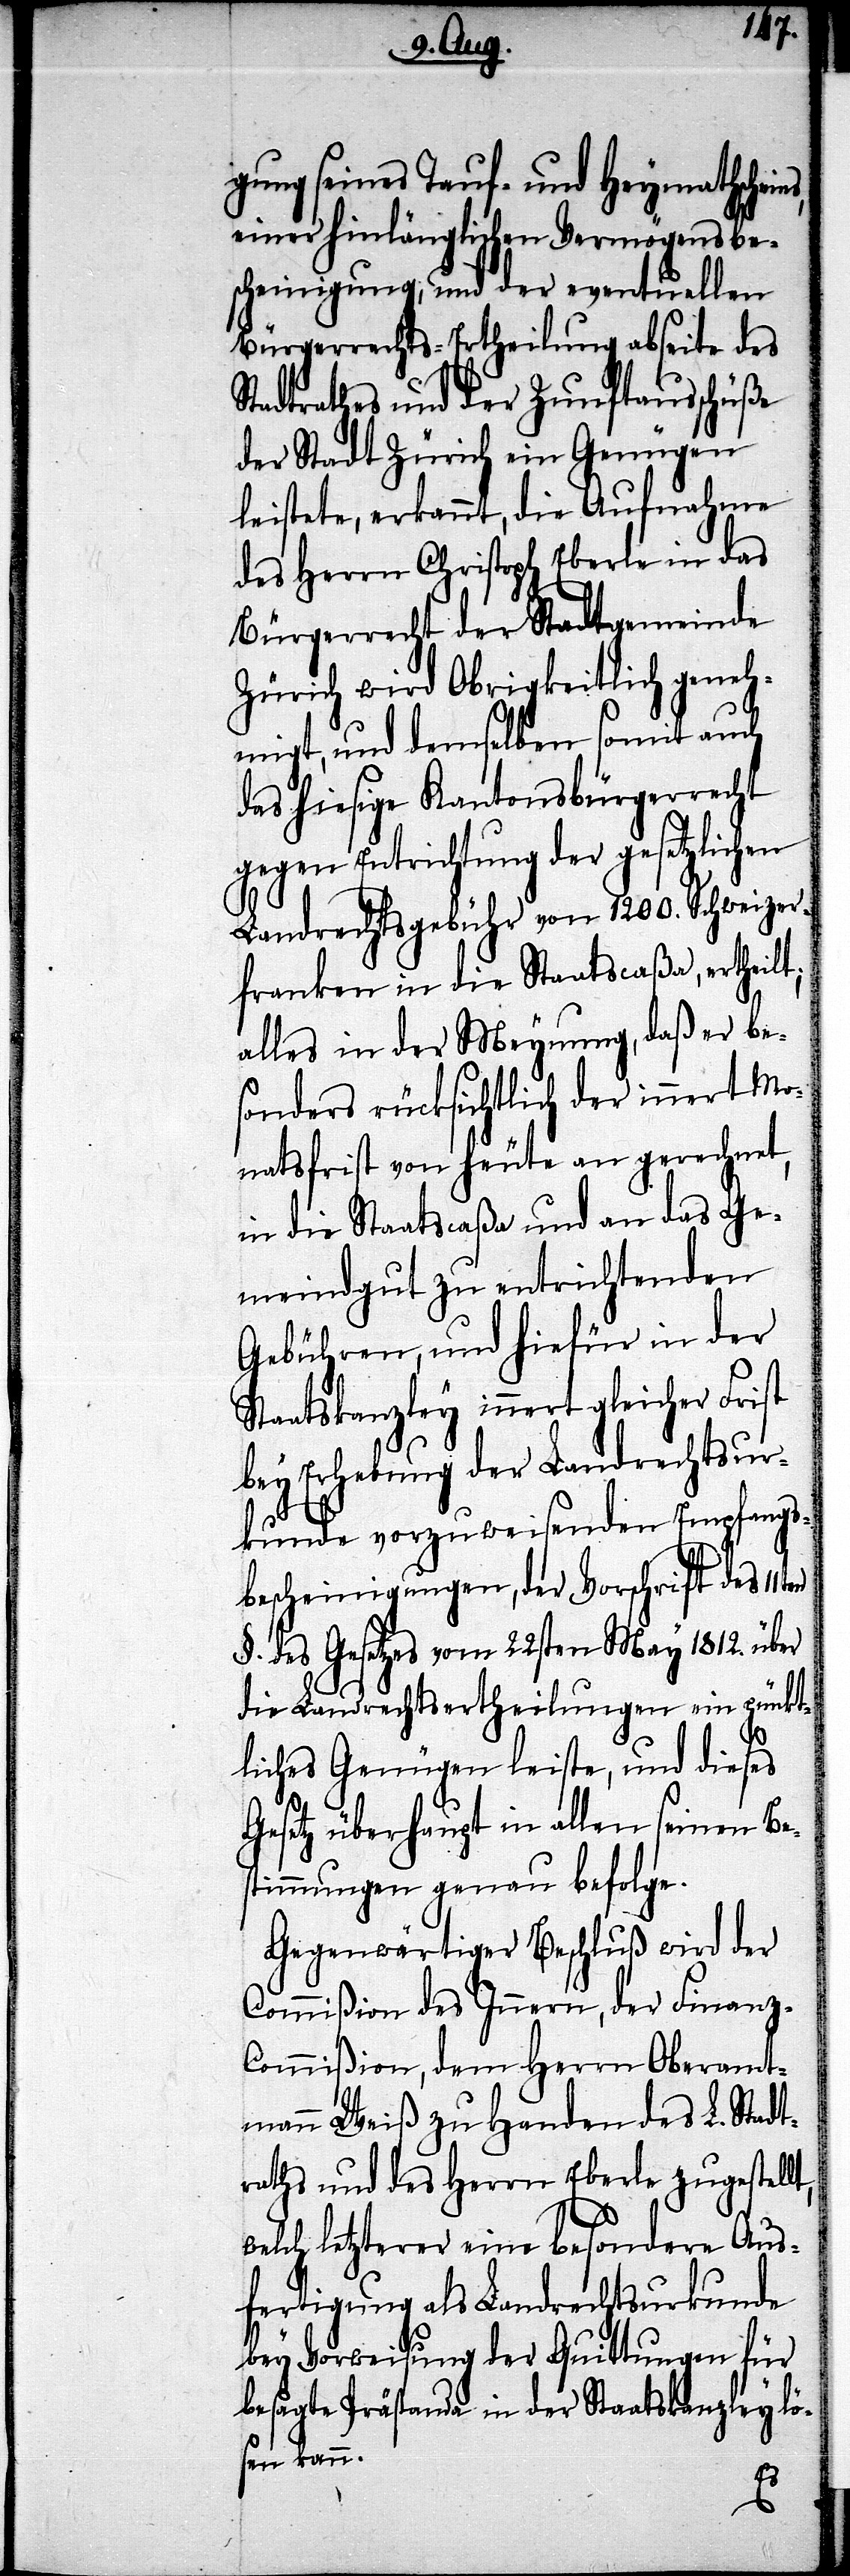
s,
gung seines Tauf- und Heymathschein¬
einer hinlänglichen Vermögensbe¬
scheinigung, und der eventuellen
Bürgerrechts-Ertheilung abseite des
Stadtrathes und der Zunftausschüße
der Stadt Zürich ein Genügen
leistete, erkannt, die Aufnahme
des Herrn Christoph Eberle in das
Bürgerrecht der Stadtgemeinde
Zürich wird Obrigkeitlich geneh¬
migt, und demselben somit auch
das hiesige Kantonsbürgerrecht
gegen Entrichtung der gesetzlichen
Landrechtsgebühr von 1200. Schweizer¬
franken in die Staatscaßa, ertheilt;
alles in der Meynung, daß er be¬
sonders rücksichtlich der innert Mo¬
natsfrist von heute an gerechnet,
in die Staatscaßa und an das Ge¬
meindgut zu entrichtenden
Gebühren, und hiefür in der
Staatskanzley innert gleicher Frist
bey Erhebung der Landrechtsur¬
kunde vorzuweisenden Empfangs¬
bescheinigungen, der Vorschrift des
§. des Gesetzes vom 22sten May 1812. über
die Landrechtsertheilungen ein pünkt¬
liches Genügen leiste, und dieses
Gesetz überhaupt in allen seinen Bes¬
timmungen genau befolge.
Gegenwärtiger Beschluß wird der
Commißion des Innern, der Finanz-C¬
ommißion, dem Herrn Oberamt¬
mann Weiß zu Handen des L. Stadt¬
raths und des Herrn Eberle zugestellt,
welch letzterer eine besondere Aus¬
fertigung als Landrechtsurkunde
bey Vorweisung der Quittungen für
besagte Prästanda in der Staatskanzley lö¬
sen kann.